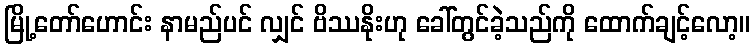
မြို့တော်ဟောင်း နာမည်ပင် လျှင် ဗိဿနိုးဟု ခေါ်တွင်ခဲ့သည်ကို ထောက်ချင့်လော့။